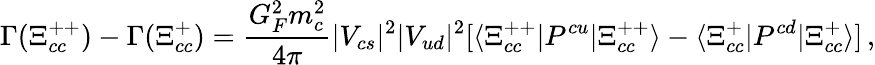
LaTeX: \Gamma(\Xi_{cc}^{++})-\Gamma(\Xi_{cc}^{+})=\frac{G_{F}^{2}m_{c}^{2}}{4\pi}|V_{cs}|^{2}|V_{ud}|^{2}[\langle\Xi_{cc}^{++}|P^{cu}|\Xi_{cc}^{++}\rangle-\langle\Xi_{cc}^{+}|P^{cd}|\Xi_{cc}^{+}\rangle]\, ,